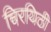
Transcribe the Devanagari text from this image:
चिरयिठी